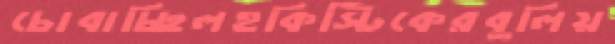
চোবাচ্ছিলহকিস্টিকেরবুলিয়